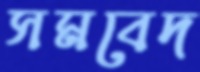
সমবেদ